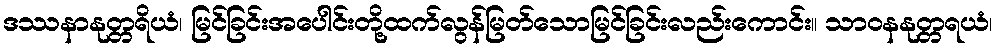
ဒဿနာနုတ္တရိယံ၊ မြင်ခြင်းအပေါင်းတို့ထက်လွန်မြတ်သောမြင်ခြင်းလည်းကောင်း။ သာဝနနုတ္တရယံ၊